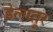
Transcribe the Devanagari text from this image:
डेलातूर